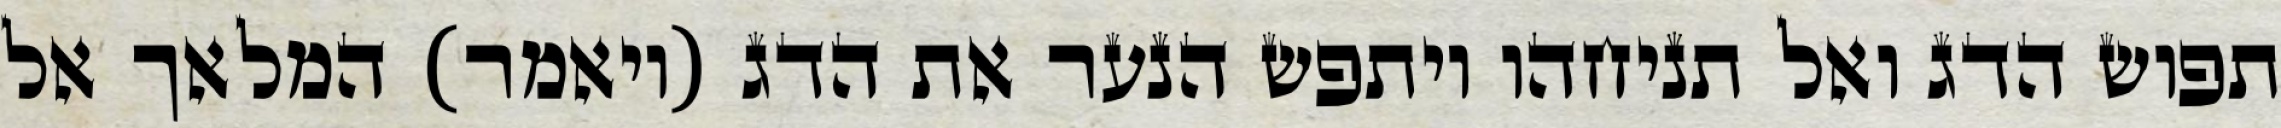
תפוש הדג ואל תניחהו ויתפש הנער את הדג (ויאמר) המלאך אל